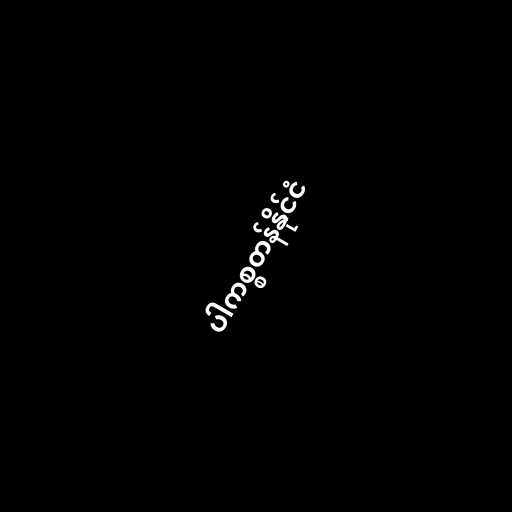
ပါကစ္စတန်နိုင်ငံ